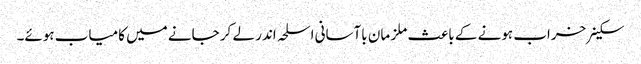
سکینر خراب ہونے کے باعث ملز مان باآسانی اسلحہ اندر لے کر جانے میں کامیاب ہوئے۔